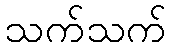
သက်သက်